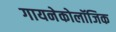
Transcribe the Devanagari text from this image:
गायनेकोलॉजिक